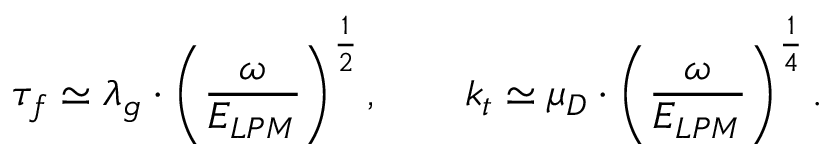
\tau _ { f } \simeq \lambda _ { g } \cdot \left( \frac { \omega } { E _ { L P M } } \right) ^ { \frac 1 2 } , \qquad k _ { t } \simeq \mu _ { D } \cdot \left( \frac { \omega } { E _ { L P M } } \right) ^ { \frac 1 4 } .